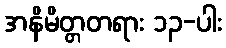
အနိမိတ္တတရား ၁၃-ပါး